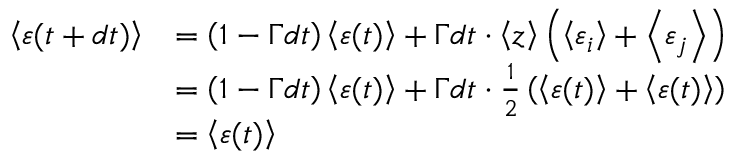
{ \begin{array} { r l } { \left\langle \varepsilon ( t + d t ) \right\rangle } & { = \left( 1 - \Gamma d t \right) \left\langle \varepsilon ( t ) \right\rangle + \Gamma d t \cdot \left\langle z \right\rangle \left( \left\langle \varepsilon _ { i } \right\rangle + \left\langle \varepsilon _ { j } \right\rangle \right) } \\ & { = \left( 1 - \Gamma d t \right) \left\langle \varepsilon ( t ) \right\rangle + \Gamma d t \cdot { \frac { 1 } { 2 } } \left( \left\langle \varepsilon ( t ) \right\rangle + \left\langle \varepsilon ( t ) \right\rangle \right) } \\ & { = \left\langle \varepsilon ( t ) \right\rangle } \end{array} }